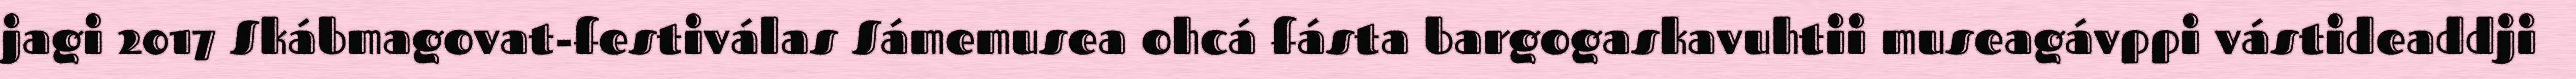
jagi 2017 Skábmagovat-festiválas Sámemusea ohcá fásta bargogaskavuhtii museagávppi vástideaddji